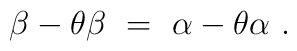
\beta - \theta\beta~=~\alpha - \theta\alpha~.